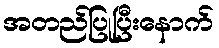
အတည်ပြုပြီးနောက်